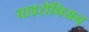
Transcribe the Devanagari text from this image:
चाडरोनियन